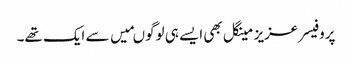
پروفیسر عزیز مینگل بھی ایسے ہی لوگوںمیں سے ایک تھے۔